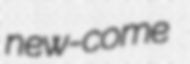
new-come